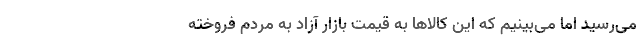
می‌رسید اما می‌بینیم که این کالاها به قیمت بازار آزاد به مردم فروخته